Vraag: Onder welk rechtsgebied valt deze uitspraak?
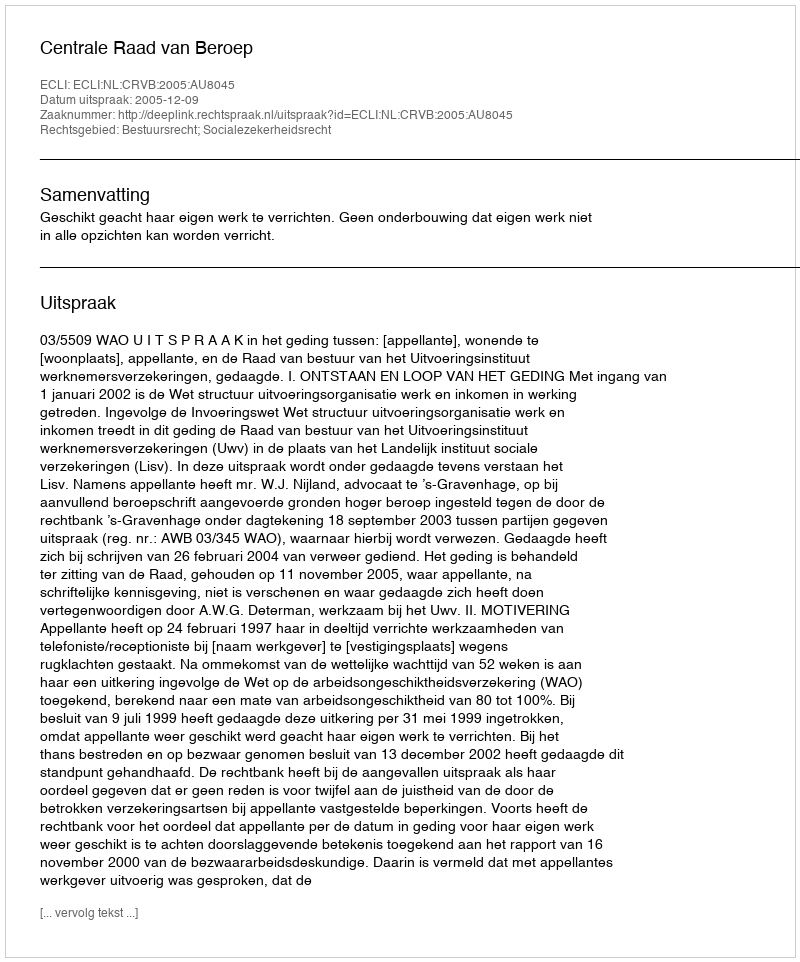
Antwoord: Bestuursrecht; Socialezekerheidsrecht